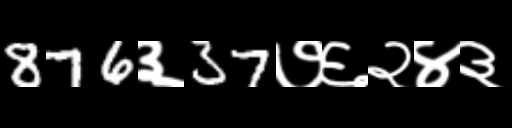
Text: 876३37७६२४३